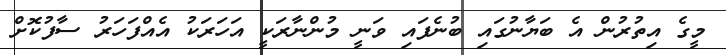
މީގެ އިތުރުން އެ ބަޔާނުގައި ބުނެފައި ވަނީ މުންނާރަކީ އަހަރަކު އެއްފަހަރު ސާފުކޮށް